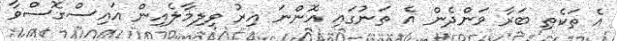
އެ ތަކެތި ބަރާ ވަންދެން އެ ތަނުގައި އޮންނަ އިރު ވިލިމާލެއިން އައިސްގޮސްވާ